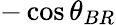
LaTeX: -\cos{\theta_{BR}}